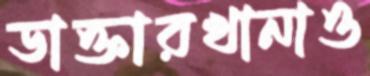
ডাক্তারখানাও